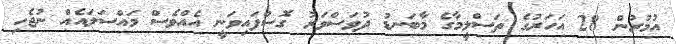
އުމުރުން 28 އަހަރުގެ ތަސްލީމާގެ މާބަނޑު ދުވަސްވަރު ގޮސްފައިވަނީ އެއްވެސް މައްސަލައެއް ނުޖެހި